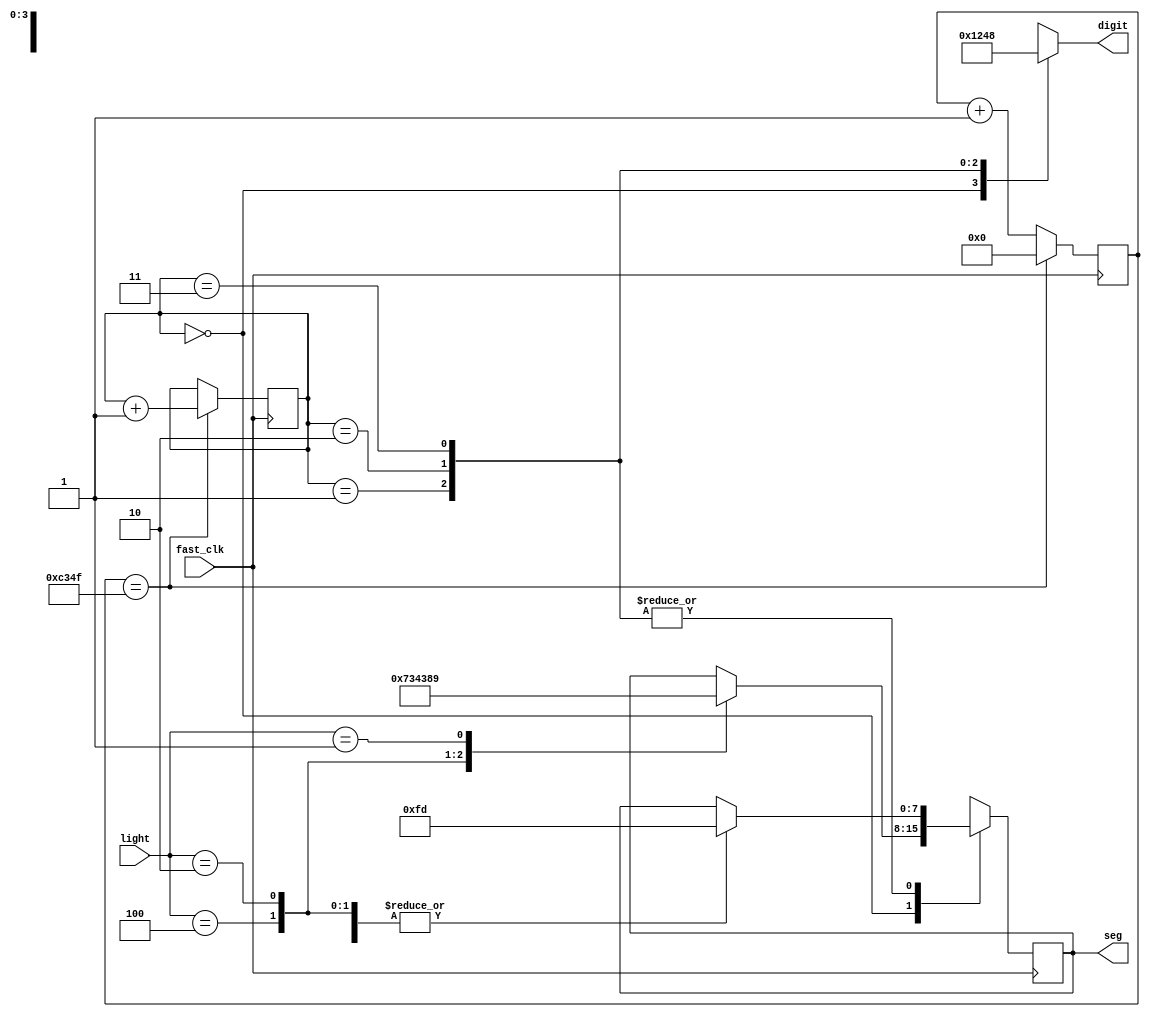
module challenge(
    input fast_clk,
	 input [0:2] light,
    output reg [7:0] seg,       
    output reg [3:0] digit
     );
	 reg [27:0] count;
	 reg [1:0] digit_select;     
    reg [16:0] digit_timer;    
	 
	 //parameter s=8'b01001001;
	 parameter r=8'b01110011;
	 parameter y=8'b10001001;
	 parameter g=8'b01000011;
	 parameter letter=8'b11111101
	 ;
	 
	 
	always @(posedge fast_clk)
	begin
	if(digit_timer == 49_999) begin         
                digit_timer <= 0;                   
                digit_select <=  digit_select + 1;
            end
            else
                digit_timer <=  digit_timer + 1;
    end
	 always @(digit_select) begin
	   case(digit_select) 
            2'b00 : digit = 4'b0001;            // Turn on ones digit
            2'b01 : digit = 4'b0010;				// Turn on tens digit
				2'b10 : digit = 4'b0100;
            2'b11 : digit = 4'b1000;
        endcase
    end
	always @(posedge fast_clk)
	begin
	case(digit_select)
   2'b00 : begin    
	case(light)
	3'b100: seg = r;
	3'b010: seg = g;
	3'b001: seg = y;
	endcase
	end

	2'b01 : begin
	case(light)
	3'b100: seg =letter;
	3'b010: seg = letter;
	3'b001: seg = letter;

  endcase
  end
  2'b10 : begin
	case(light)
	3'b100: seg = letter;
	3'b010: seg = letter;
	3'b001: seg = letter;

  endcase
  end
  2'b11 : begin
	case(light)
	3'b100: seg = letter;
	3'b010: seg = letter;
	3'b001: seg = letter;
  endcase 
end
default: seg=letter;
endcase
end
endmodule